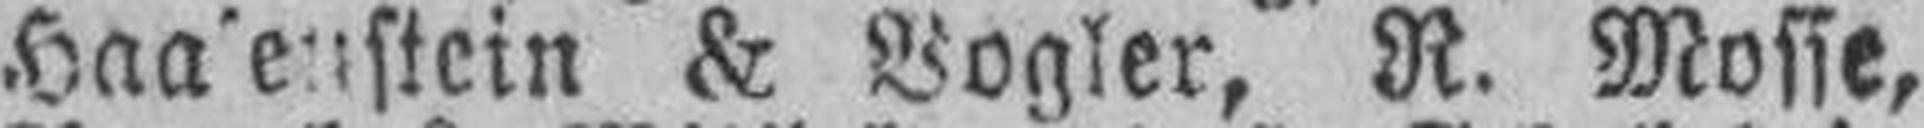
Haa'eustein & Vogler, R. Mosse,